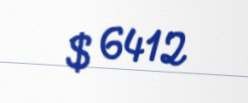
$ 6412